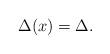
LaTeX: \begin{align*}\Delta(x) = \Delta.\end{align*}